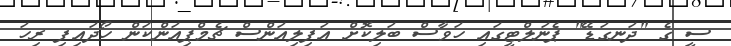
ސީ ގެ "ދަނގަޑޭ" ޕެނަލްޓީގައި ހަވާސް ބަލިކޮށް އަފިލިއަންސް ޗެމްޕިއަންކަން ހޯދައިފި ރިހަ